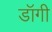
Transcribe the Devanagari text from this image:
डॉगी